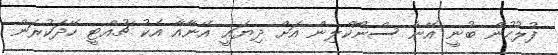
ފުލުހުން ބުނީ އޭނާ ސްނޯކްލިން އަށް ދިޔައީ އޭނާއާ އެކު ޗުއްޓީ ހޭދަކުރަން